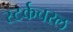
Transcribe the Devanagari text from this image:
स्टर्कचरल